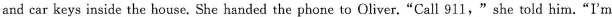
and car keys inside the house. She handed the phone to Oliver."Call 911,"she told him."I'm